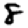
Digit: 8